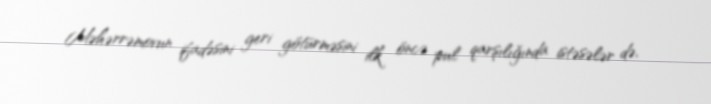
Məhərrəmovun ifadəsini geri götürməsini ilk öncə pul qarşılığında istəsələr də,